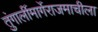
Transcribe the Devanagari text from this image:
तुंगार्लीमार्गेराजमाचीला